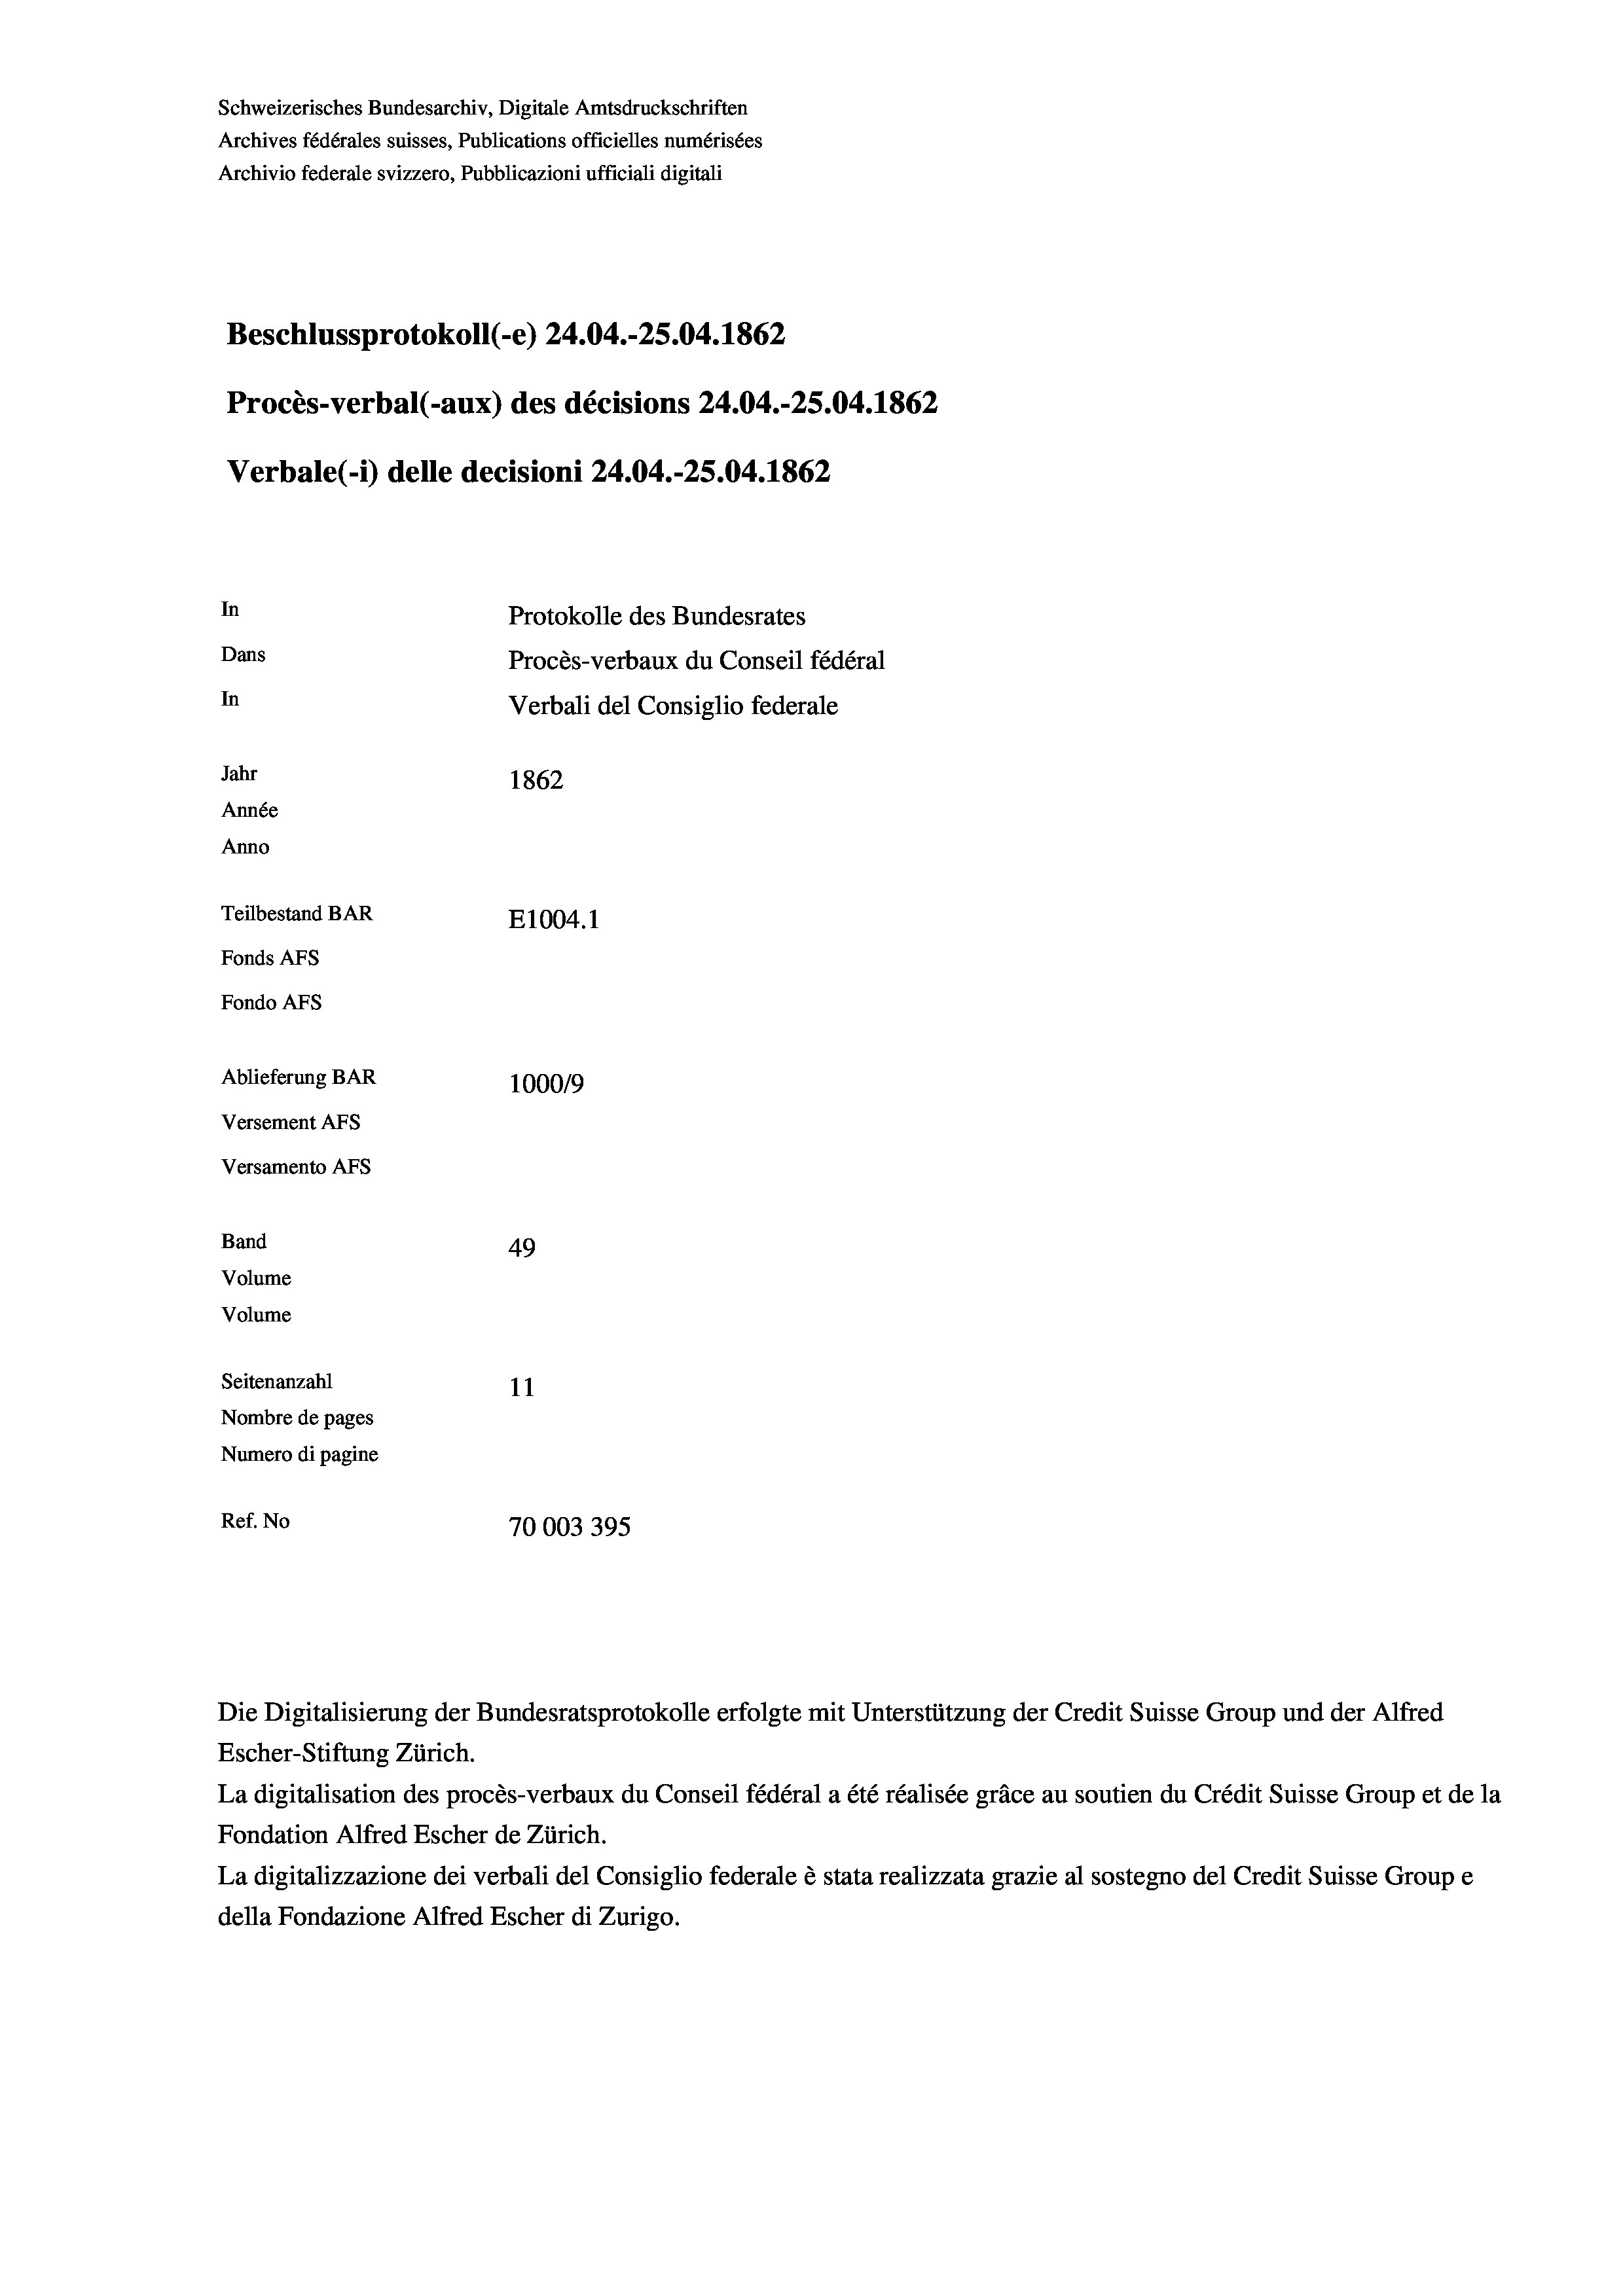
Schweizerisches Bundesarchiv, Digitale Amtsdruckschriften
Archives fédérales suisses, Publications officielles numérisées
Archivio federale svizzero, Pubblicazioni ufficiali digitali
Beschlussprotokoll (-e) 24.04.-25.04. 1862
Procès-verbal (-aux) des décisions 24.04.-25.04. 1862
Verbale (i) delle decisioni 24.04.-25.04. 1862
In
Protokolle des Bundesrates
Dans
Procès-verbaux du Conseil fédéral
In
Verbali del Consiglio federale
Jahr
1862
Année
Anno
Teilbestand BAR
E1004. 1
Fonds AFs
Fondo Afs
Ablieferung BAR
100019
Versement AFs
Versamento AFs

49
Seitenanzahl
11
Nombre de pages
Numero di pagine
Ref. No
70003395

Band
Volume
Volume

La digitalisation des procès-verbaux du Conseil fédéral a été réalisée gräce au soutien du Crédit Suisse Group et de la
Fondation Alfred Escher de Zürich.
La digitalizzazione dei verbali del Consiglio federale è stata realizzata grazie al sostegno del Credit Suisse Groupe
della Fondazione Alfred Escher di Zurigo.

Die Digitalisierung der Bundesratsprotokolle erfolgte mit Unterstützung der Credit Suisse Group und der Alfred
Escher-Stiftung Zürich.